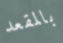
بالمقعد